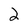
Character: 2